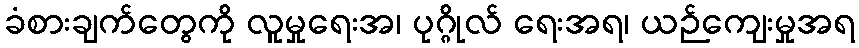
ခံစားချက်တွေကို လူမှုရေးအ၊ ပုဂ္ဂိုလ် ရေးအရ၊ ယဉ်ကျေးမှုအရ